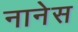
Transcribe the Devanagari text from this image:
नानेस